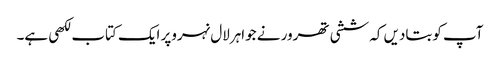
آپ کوبتادیں کہ ششی تھرور نے جواہرلال نہروپر ایک کتاب لکھی ہے۔